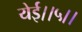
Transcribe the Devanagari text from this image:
येई।।५।।